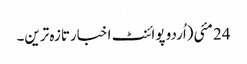
24 مئی(اُردو پوائنٹ اخبارتازہ ترین۔